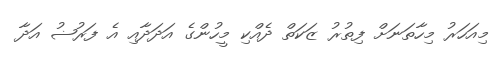
މިއަހަރު މިހާތަނަށް ފިތުރު ޒަކަތް ދެއްކި މީހުންގެ އަދަދާއި އެ ފަރުޟު އަދާ